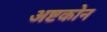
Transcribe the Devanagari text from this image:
अष्टकोन